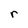
Character: r